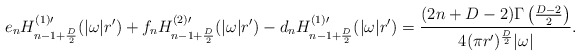
\begin{align*}e_n H^{(1)\prime}_{n-1+{D\over 2}}(|\omega| r')+f_nH^{(2)\prime}_{n-1+{D\over 2}}(|\omega| r')-d_n H^{(1)\prime}_{n-1+{D\over 2}}(|\omega|r')={(2n+D-2)\Gamma\left ({D-2\over 2}\right )\over 4 (\pi r')^{D\over 2}|\omega|}.\end{align*}